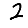
Digit: 2